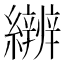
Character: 𱺎